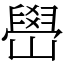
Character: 嶨